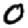
Digit: 0